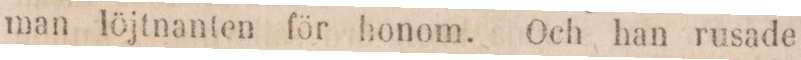
man löjtnanten för honom. Och han rusade